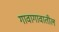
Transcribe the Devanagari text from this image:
गावागावातील